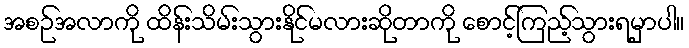
အစဉ်အလာကို ထိန်းသိမ်းသွားနိုင်မလားဆိုတာကို စောင့်ကြည့်သွားရမှာပါ။